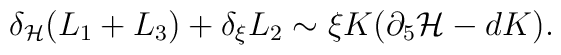
\delta_{\cal H} (L_1 + L_3) + \delta_{\xi} L_2 \sim  \xi K (\partial_5{\cal H} - dK).